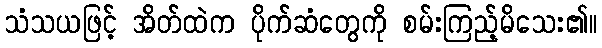
သံသယဖြင့် အိတ်ထဲက ပိုက်ဆံတွေကို စမ်းကြည့်မိသေး၏။